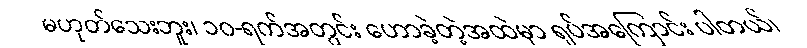
မဟုတ်သေးဘူး၊ ၁၀-ရက်အတွင်း ဟောခဲ့တဲ့အထဲမှာ ရုပ်အကြောင်း ပါတယ်၊